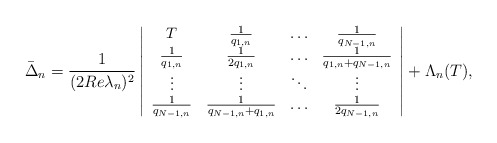
\begin{align*}\small\bar{\Delta}_n=\small\frac{1}{(2Re\lambda_n)^2}\left|\begin{array}{cccc}T & \frac{1}{q_{1,n}}&\ldots &\frac{1}{q_{N-1,n}}\\\frac{1}{q_{1,n}}& \frac{1}{2q_{1,n}}&\ldots &\frac{1}{q_{1,n}+q_{N-1,n}}\\\vdots& \vdots& \ddots& \vdots\\\frac{1}{q_{N-1,n}}&\frac{1}{q_{N-1,n}+q_{1,n}}& \ldots& \frac{1}{2q_{N-1,n}}\end{array}\right|+\Lambda_n(T),\end{align*}